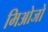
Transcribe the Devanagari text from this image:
मिओजो